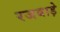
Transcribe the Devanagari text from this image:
रजबाड़े